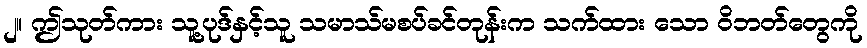
၂။ ဤသုတ်ကား သူ့ပုဒ်နှင့်သူ သမာသ်မစပ်ခင်တုန်းက သက်ထား သော ဝိဘတ်တွေကို